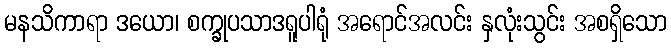
မနသိကာရာ ဒယော၊ စက္ခုပသာဒရူပါရုံ အရောင်အလင်း နှလုံးသွင်း အစရှိသော